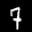
Label: 7